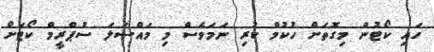
ހައި ކޯޓުން މިގޮތަށް ހުކުމް ކުރި ނަމަވެސް މި މައްސަލަ ސުޕްރީމް ކޯޓަށް